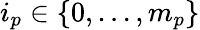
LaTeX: i_{p}\in\{ 0,...,m_{p}\}